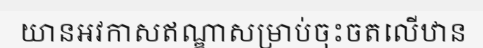
យានអវកាសឥណ្ឌាសម្រាប់ចុះចតលើឋាន